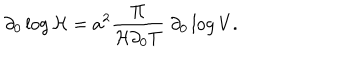
\partial _ { 0 } \log { \cal H } = a ^ { 2 } { \frac { \Pi } { { \cal H } \partial _ { 0 } T } } \; \partial _ { 0 } \log V .